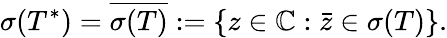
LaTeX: \sigma(T^{*})={\overline{{\sigma(T)}}}:=\{ z\in\mathbb{C}:{\bar{z}}\in\sigma(T)\} .